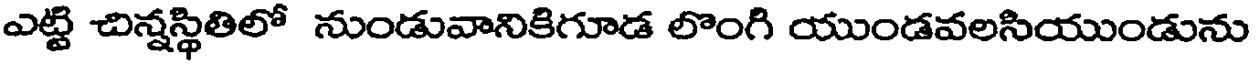
ఎట్టి చిన్నస్థితిలో నుండువానికిగూడ లొంగి యుండవలసియుండును